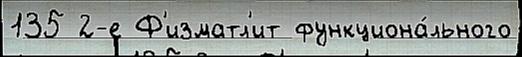
135 2-е Ф'изматл'ит функциона́льного